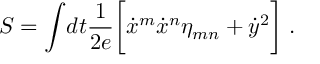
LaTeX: S = \int \! d t { \frac { 1 } { 2 e } } \biggl [ { \dot { x } } ^ { m } { \dot { x } } ^ { n } \eta _ { m n } + { \dot { y } } ^ { 2 } \biggr ] \ .